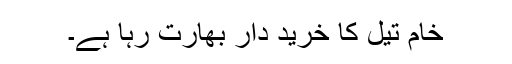
خام تیل کا خرید دار بھارت رہا ہے۔